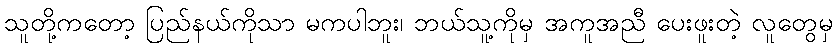
သူတို့ကတော့ ပြည်နယ်ကိုသာ မကပါဘူး၊ ဘယ်သူ့ကိုမှ အကူအညီ ပေးဖူးတဲ့ လူတွေမှ